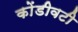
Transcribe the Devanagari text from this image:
कोंडीवटी